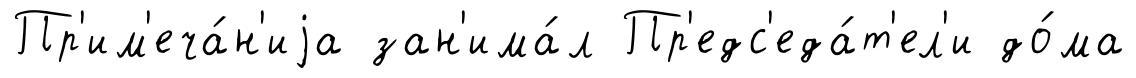
Пр'им'еча́н'иjа зан'има́л Пр'едс'еда́т'ел'и до́ма